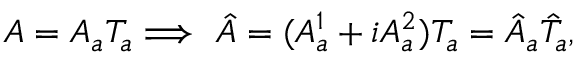
A = A _ { a } T _ { a } \Longrightarrow \, \, \hat { A } = ( A _ { a } ^ { 1 } + i A _ { a } ^ { 2 } ) T _ { a } = \hat { A } _ { a } \hat { T } _ { a } ,